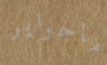
ماجواير